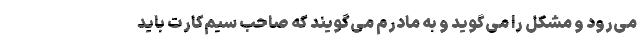
می‌رود و مشکل را می‌گوید و به مادرم می‌گویند که صاحب سیم‌کارت باید